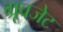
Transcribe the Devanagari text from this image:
ग्रूवजेट